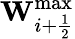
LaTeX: \mathbf{W}_{i+\frac{1}{2}}^{\operatorname*{max}}